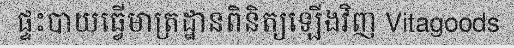
ផ្ទះបាយធ្វើមាត្រដ្ឋានពិនិត្យឡើងវិញ Vitagoods